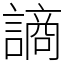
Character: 謪